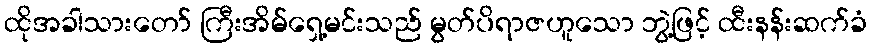
ထိုအခါသားတော် ကြီးအိမ်ရှေ့မင်းသည် မွတ်ပိရာဇဟူသော ဘွဲ့ဖြင့် ထီးနန်းဆက်ခံ